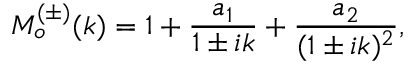
M _ { o } ^ { ( \pm ) } ( k ) = 1 + \frac { a _ { 1 } } { 1 \pm i k } + \frac { a _ { 2 } } { ( 1 \pm i k ) ^ { 2 } } ,